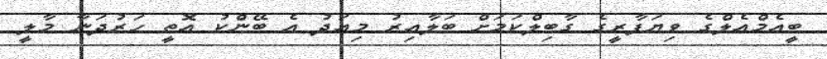
ބީއެމްއެލްގެ ވިޔަފާރީގެ ގާބިލްކަމަށް ބަލާއިރު މިއަދު އެ ބޭންކު އޮތީ ހަރުދަނާ މާލީ